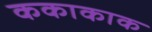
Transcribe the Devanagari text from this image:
ककाकाक